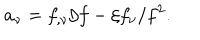
a _ { \nu } = f _ { , \nu } / f - \xi f _ { \nu } / f ^ { 2 } .